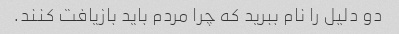
دو دلیل را نام ببرید که چرا مردم باید بازیافت کنند.